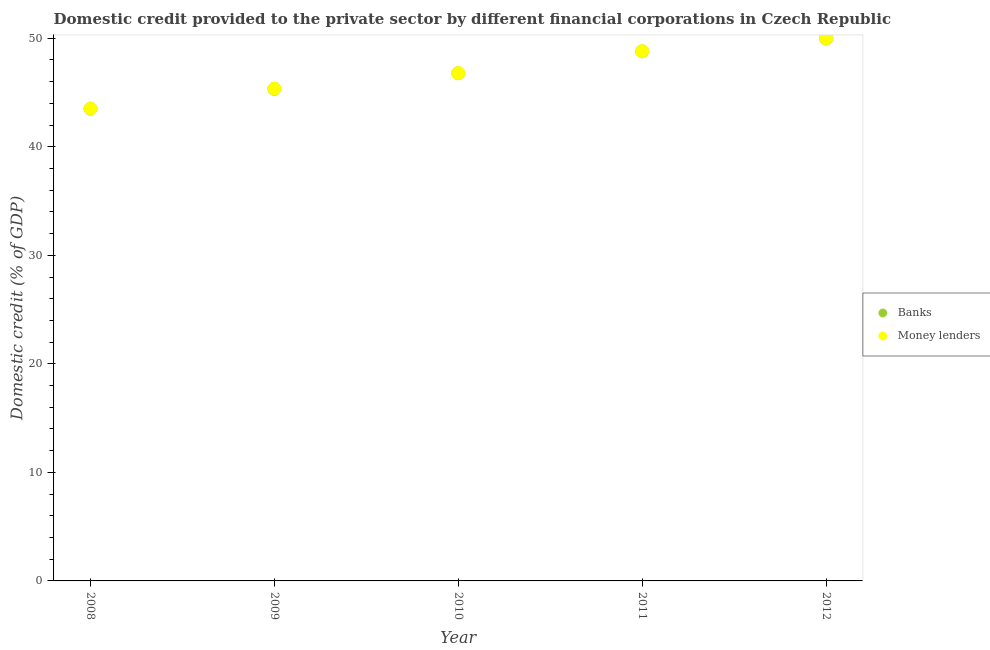
| Year | Banks | Money lenders |
 | --- | --- | --- |
 | 2008 | 43.5 | 43.5 |
 | 2009 | 45.3 | 45.3 |
 | 2010 | 46.8 | 46.8 |
 | 2011 | 48.8 | 48.8 |
 | 2012 | 50 | 50 |